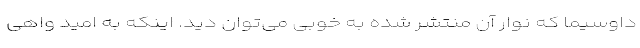
داوسیما که نوار آن منتشر شده به خوبی می‌توان دید. اینکه به امید واهی